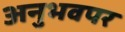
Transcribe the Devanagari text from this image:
अनुभवपर